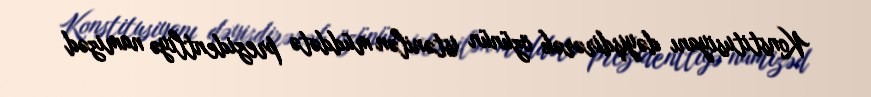
Konstitusiyanı dəyişdirərək özünün istənilən müddətə prezidentliyə namizəd